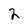
Character: 2